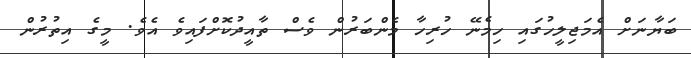
ބަޔާނަށް އެމަޖިލީހުގައި ހިމެނޭ ހުރިހާ މެންބަރުން ވެސް ތާއީދުކޮށްފައިވެ އެވެ. މީގެ އިތުރުން